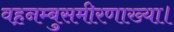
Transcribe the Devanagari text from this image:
वह़नम्‍बुसमीरणाख्‍या।